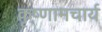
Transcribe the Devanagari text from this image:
कृष्णामचार्य